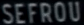
SEFROU